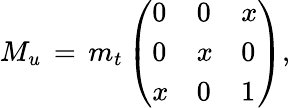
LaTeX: M_{u}\, =\, m_{t}\left(\begin{array}{lll}{{0}}&{{0}}&{{x}}\\ {{0}}&{{x}}&{{0}}\\ {{x}}&{{0}}&{{1}}\end{array}\right),